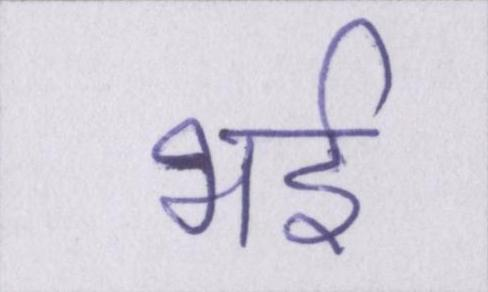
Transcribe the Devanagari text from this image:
भई